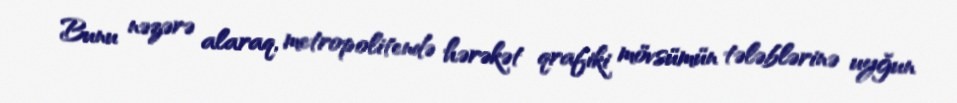
Bunu nəzərə alaraq, metropolitendə hərəkət qrafiki mövsümün tələblərinə uyğun